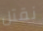
نقتل